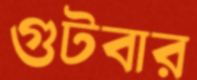
গুটবার